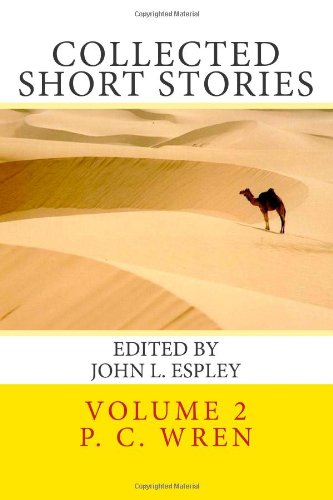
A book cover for Collected Short Stories: of Percival Christopher Wren (Volume 2); P. C. Wren; Literature & Fiction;